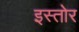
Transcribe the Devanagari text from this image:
इस्तोर